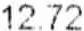
12.72